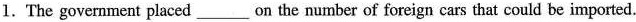
1.The government placed___ on the number of foreign cars that could be imported.